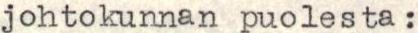
johtokunnan puolesta: